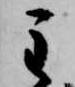
主